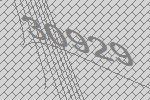
30929